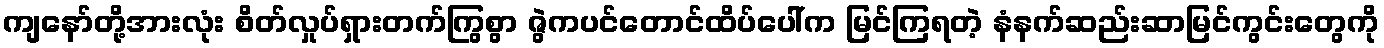
ကျနော်တို့အားလုံး စိတ်လှုပ်ရှားတက်ကြွစွာ ဇွဲကပင်တောင်ထိပ်ပေါ်က မြင်ကြရတဲ့ နံနက်ဆည်းဆာမြင်ကွင်းတွေကို